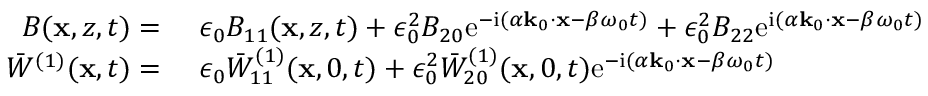
\begin{array} { r l } { B ( \mathbf { x } , z , t ) = ~ } & { { } \epsilon _ { 0 } B _ { 1 1 } ( \mathbf { x } , z , t ) + \epsilon _ { 0 } ^ { 2 } B _ { 2 0 } \mathrm { e } ^ { - \mathrm { i } ( \alpha \mathbf { k } _ { 0 } \cdot \mathbf { x } - \beta \omega _ { 0 } t ) } + \epsilon _ { 0 } ^ { 2 } B _ { 2 2 } \mathrm { e } ^ { \mathrm { i } ( \alpha \mathbf { k } _ { 0 } \cdot \mathbf { x } - \beta \omega _ { 0 } t ) } } \\ { \bar { W } ^ { ( 1 ) } ( \mathbf { x } , t ) = ~ } & { { } \epsilon _ { 0 } \bar { W } _ { 1 1 } ^ { ( 1 ) } ( \mathbf { x } , 0 , t ) + \epsilon _ { 0 } ^ { 2 } \bar { W } _ { 2 0 } ^ { ( 1 ) } ( \mathbf { x } , 0 , t ) \mathrm { e } ^ { - \mathrm { i } ( \alpha \mathbf { k } _ { 0 } \cdot \mathbf { x } - \beta \omega _ { 0 } t ) } } \end{array}